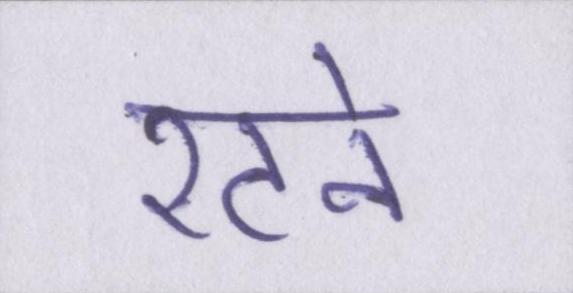
रटने